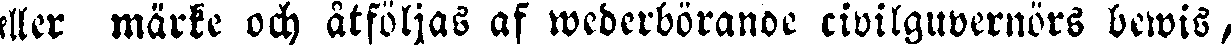
eller märke och åtföljas af wederbörande civilguvernörs bewis,